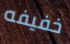
خفيفه